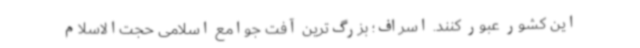
این کشور عبور کنند. اسراف؛ بزرگ‌ترین آفت جوامع اسلامی حجت‌الاسلام